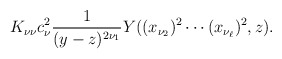
\begin{align*}K_{\nu\nu}c_{\nu}^2 \frac{1}{(y-z)^{2\nu_1}}Y((x_{\nu_2})^2\cdots(x_{\nu_\ell})^2,z).\end{align*}